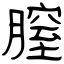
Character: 膣